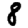
Digit: 8